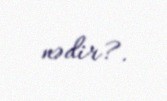
nədir?.